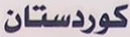
كوردستان